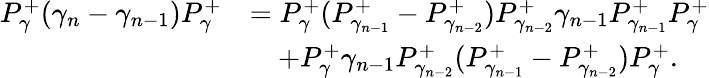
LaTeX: \begin{array}{rl}{P_{\gamma}^{+}(\gamma_{n}-\gamma_{n-1})P_{\gamma}^{+}}&{=P_{\gamma}^{+}(P_{\gamma_{n-1}}^{+}-P_{\gamma_{n-2}}^{+})P_{\gamma_{n-2}}^{+}\gamma_{n-1}P_{\gamma_{n-1}}^{+}P_{\gamma}^{+}}\\ &{\quad+P_{\gamma}^{+}\gamma_{n-1}P_{\gamma_{n-2}}^{+}(P_{\gamma_{n-1}}^{+}-P_{\gamma_{n-2}}^{+})P_{\gamma}^{+}.}\end{array}